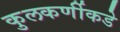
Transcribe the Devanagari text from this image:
कुलकर्णीकडे